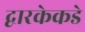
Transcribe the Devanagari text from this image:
द्वारकेकडे